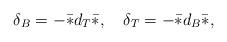
LaTeX: \begin{align*}\delta_B = - \bar* d_T \bar*, \quad\delta_T = -\bar * d_B\bar *,\end{align*}